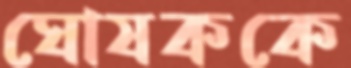
ঘোষককে